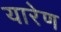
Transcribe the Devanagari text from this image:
यारेण